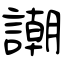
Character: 謿